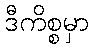
ဒီကိစ္စမှာ